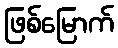
ဖြစ်မြောက်